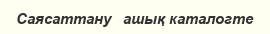
Саясаттану   ашық каталогте